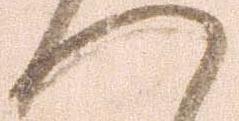
へ